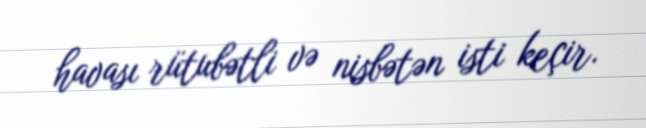
havası rütubətli və nisbətən isti keçir.